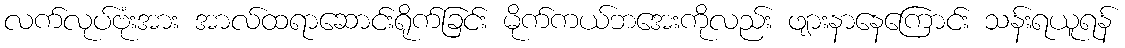
လက်လုပ်ဗုံးအား အာလ်ထရာဆောင်းရိုက်ခြင်း မိုက်ကယ်ဘအေးကိုလည်း ဖျားနာနေကြောင်း သန်းရယူရန်